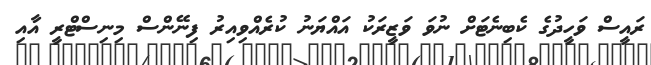
ރައީސް ވަހީދުގެ ކެބިނެޓަށް ނުވަ ވަޒީރަކު އައްޔަނު ކުރެއްވިއިރު ފިނޭންސް މިނިސްޓްރީ އާއި